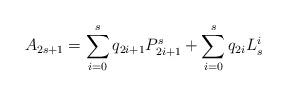
LaTeX: \begin{align*} A_{2s+1}=\sum_{i=0}^s q_{2i+1} P_{2i+1}^s+\sum_{i=0}^s q_{2i} L_s^i\end{align*}